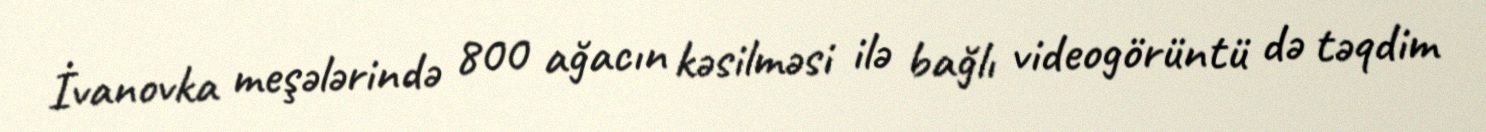
İvanovka meşələrində 800 ağacın kəsilməsi ilə bağlı videogörüntü də təqdim